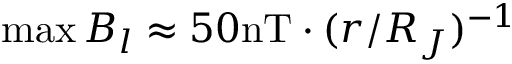
\operatorname* { m a x } B _ { l } \approx 5 0 \mathrm { n T } \cdot ( r / R _ { J } ) ^ { - 1 }